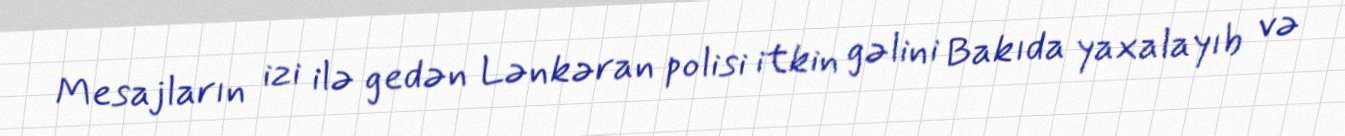
Mesajların izi ilə gedən Lənkəran polisi itkin gəlini Bakıda yaxalayıb və